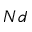
N d